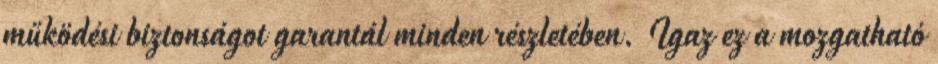
működési biztonságot garantál minden részletében. Igaz ez a mozgatható